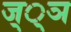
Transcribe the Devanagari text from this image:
ज््ञ